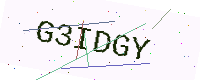
Text: G3IDGY